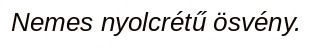
Nemes nyolcrétű ösvény.